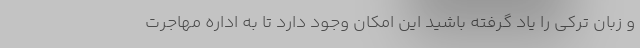
و زبان ترکی را یاد گرفته باشید این امکان وجود دارد تا به اداره مهاجرت